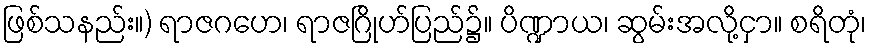
ဖြစ်သနည်း။) ရာဇဂဟေ၊ ရာဇဂြိုဟ်ပြည်၌။ ပိဏ္ဍာယ၊ ဆွမ်းအလို့ငှာ။ စရိတုံ၊